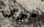
دبوس